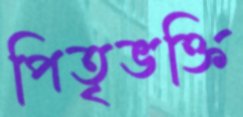
পিতৃভক্তি